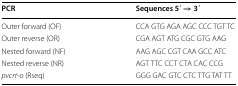
<table><thead><tr><td><b>PCR</b></td><td><b>Sequences 5 ́ → 3 ́</b></td></tr></thead><tbody><tr><td>Outer forward (OF)</td><td>CCA GTG AGA AGC CCC TGT TC</td></tr><tr><td>Outer reverse (OR)</td><td>CGA AGT ATG CGC GTG AAG</td></tr><tr><td>Nested forward (NF)</td><td>AAG AGC CGT CAA GCC ATC</td></tr><tr><td>Nested reverse (NR)</td><td>AGT TTC CCT CTA CAC CCG</td></tr><tr><td><i>pvcrt</i>-<i>o</i> (Rseq)</td><td>GGG GAC GTC CTC TTG TAT TT</td></tr></tbody></table>